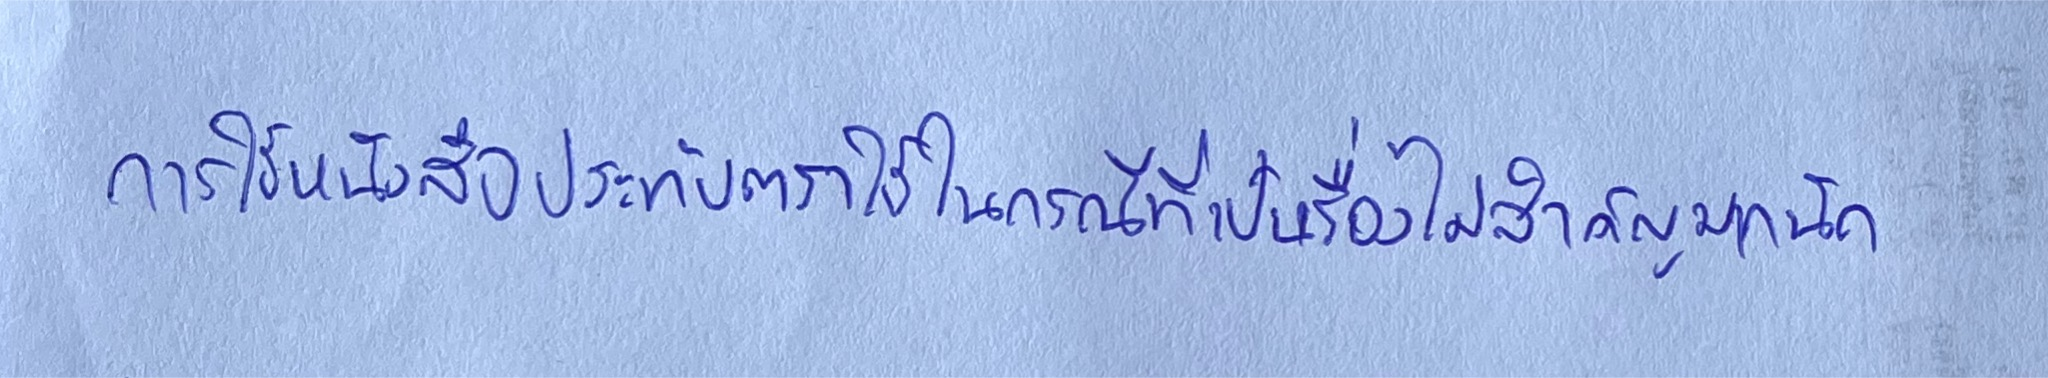
การใช้หนังสือประทับตราจะใช้ในกรณีที่เป็นเรื่องไม่สำคัญมากนัก